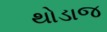
થોડાજ